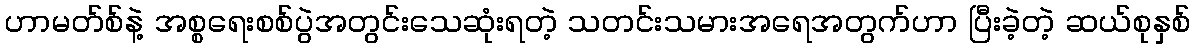
ဟာမတ်စ်နဲ့ အစ္စရေးစစ်ပွဲအတွင်းသေဆုံးရတဲ့ သတင်းသမားအရေအတွက်ဟာ ပြီးခဲ့တဲ့ ဆယ်စုနှစ်